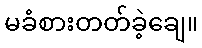
မခံစားတတ်ခဲ့ချေ။